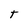
Character: T